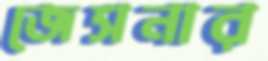
জেসনার